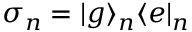
\sigma _ { n } = | g \rangle _ { n } \langle e | _ { n }